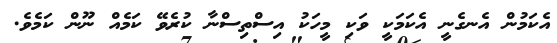
އެކަމުން އެނގެނީ އެކަމަކީ ވަކި މީހަކު އިސްތިސްނާ ކުރެވޭ ކަމެއް ނޫން ކަމެވެ.